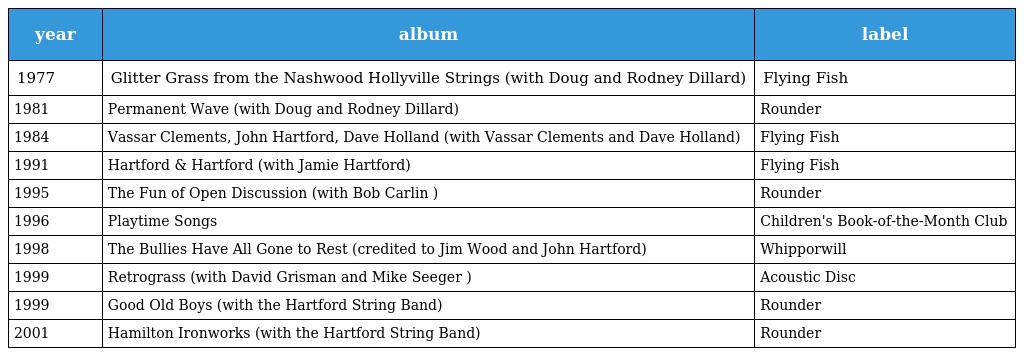
| year | album | label |
 | --- | --- | --- |
 | 1977 | Glitter Grass from the Nashwood Hollyville Strings (with Doug and Rodney Dillard) | Flying Fish |
 | 1981 | Permanent Wave (with Doug and Rodney Dillard) | Rounder |
 | 1984 | Vassar Clements, John Hartford, Dave Holland (with Vassar Clements and Dave Holland) | Flying Fish |
 | 1991 | Hartford & Hartford (with Jamie Hartford) | Flying Fish |
 | 1995 | The Fun of Open Discussion (with Bob Carlin ) | Rounder |
 | 1996 | Playtime Songs | Children's Book-of-the-Month Club |
 | 1998 | The Bullies Have All Gone to Rest (credited to Jim Wood and John Hartford) | Whipporwill |
 | 1999 | Retrograss (with David Grisman and Mike Seeger ) | Acoustic Disc |
 | 1999 | Good Old Boys (with the Hartford String Band) | Rounder |
 | 2001 | Hamilton Ironworks (with the Hartford String Band) | Rounder |